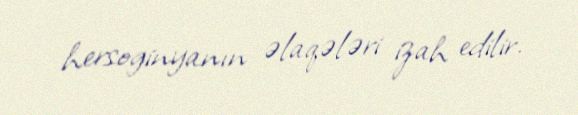
hersoginyanın əlaqələri izah edilir.